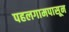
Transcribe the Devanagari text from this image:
पहलगामपासून